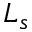
L _ { s }